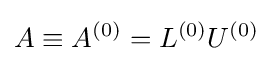
A\equiv A^{(0)}=L^{(0)}U^{(0)}